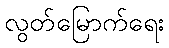
လွတ်မြောက်ရေး